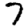
Digit: 7